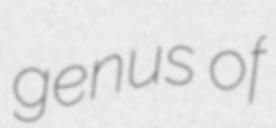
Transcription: genus of